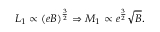
{ \cal L } _ { 1 } \propto ( e B ) ^ { \frac { 3 } { 2 } } \Rightarrow M _ { 1 } \propto e ^ { \frac { 3 } { 2 } } \sqrt { B } .